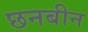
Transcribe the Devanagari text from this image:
छनबीन